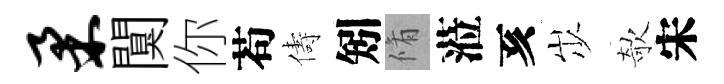
柔闃你苟儔矧脩蒞亥𡵯欹宋